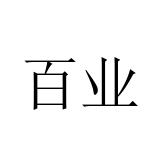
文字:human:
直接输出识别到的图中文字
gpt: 百业